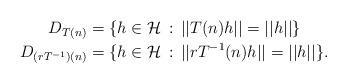
LaTeX: \begin{align*}\,D_{T(n)} &=\{h\in \mathcal H \,:\, ||T(n)h||=||h|| \} \\ \,D_{(rT^{-1})(n)} &=\{h\in \mathcal H \,:\, ||rT^{-1}(n)h||=||h|| \}.\end{align*}